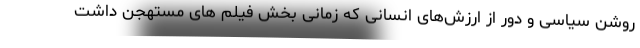
روشن سیاسی و دور از ارزش‌های انسانی که زمانی بخش فیلم های مستهجن داشت